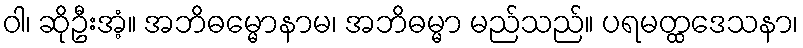
ဝါ၊ ဆိုဦးအံ့။ အဘိဓမ္မောနာမ၊ အဘိဓမ္မာ မည်သည်။ ပရမတ္ထဒေသနာ၊